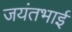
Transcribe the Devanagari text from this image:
जयंतभाई